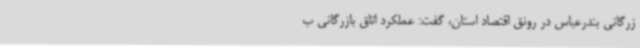
زرگانی بندرعباس در رونق اقتصاد استان، گفت: عملکرد اتاق بازرگانی ب